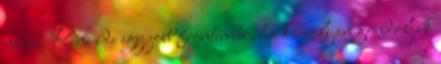
nincs. Kéne ide egy jobb frontember, ha komolyan gondolják